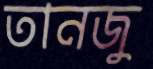
তানজু